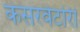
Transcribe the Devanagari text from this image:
कंसरवेटोरी